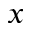
x